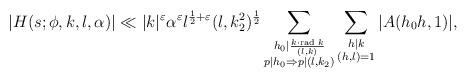
LaTeX: \begin{align*} |H(s;\phi,k,l,\alpha)|\ll |k|^\varepsilon \alpha^\varepsilon l^{\frac{1}{2}+\varepsilon}(l,k_2^2)^{\frac{1}{2}}\sum_{\substack{h_0\mid \frac{k\cdot \textrm{rad } k}{(l,k)}\\p\mid h_0\Rightarrow p\mid (l,k_2)}}\sum_{\substack{h\mid k\\(h,l)=1}}|A(h_0h,1)|,\end{align*}